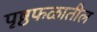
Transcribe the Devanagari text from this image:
पृष्ठफळातील